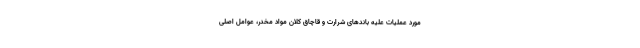
مورد عملیات علیه باندهای شرارت و قاچاق کلان مواد مخدر، عوامل اصلی